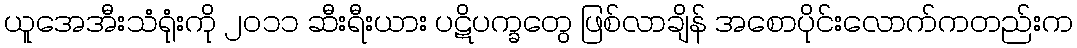
ယူအေအီးသံရုံးကို ၂၀၁၁ ဆီးရီးယား ပဋိပက္ခတွေ ဖြစ်လာချိန် အစောပိုင်းလောက်ကတည်းက